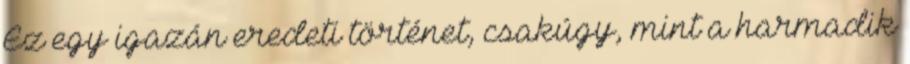
Ez egy igazán eredeti történet, csakúgy, mint a harmadik